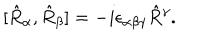
[ \hat { R } _ { \alpha } , \hat { R } _ { \beta } ] = - i \epsilon _ { \alpha \beta \gamma } \hat { R } { } ^ { \gamma } .